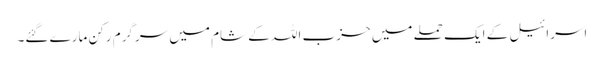
اسرائیل کے ایک حملے میں حزب اللہ کے شام میں سرگرم رکن مارے گئے۔